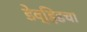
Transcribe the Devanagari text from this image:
डेव्हिडचा